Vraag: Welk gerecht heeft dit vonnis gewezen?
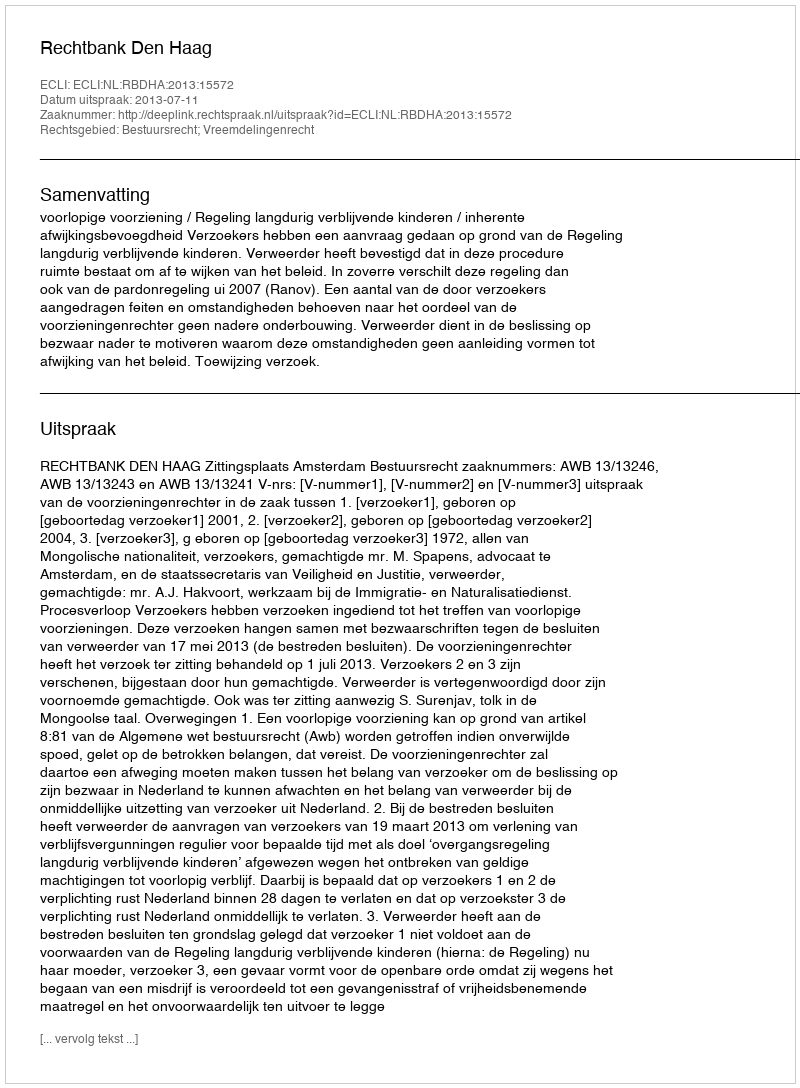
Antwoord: Rechtbank Den Haag